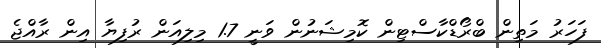
ފަހަރު މަތިން ބްރޯޑްކާސްޓިން ކޮމިޝަނުން ވަނީ 1.7 މިލިއަން ރުފިޔާ އިން ރާއްޖެ